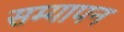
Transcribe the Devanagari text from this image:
सम्यापन